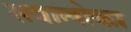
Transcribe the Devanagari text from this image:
सवालोका